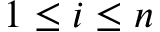
1 \leq i \leq n